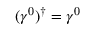
( \gamma ^ { 0 } ) ^ { \dagger } = \gamma ^ { 0 }